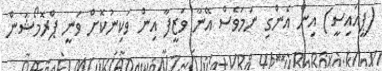
(ޕީއައިސީ) އިން އެންގި ނަމަވެސް އޭނާ ވަޒީފާ އިން ވަކިނުކޮށް ވަނީ ޕްރޮމޯޝަން